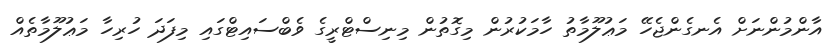
އާންމުންނަށް އެނގެންޖެހޭ މަޢުލޫމާތު ހާމަކުރުން މިގޮތުން މިނިސްޓްރީގެ ވެބްސައިޓްގައި މިފަދަ ހުރިހާ މަޢުލޫމާތެއް